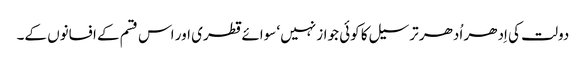
دولت کی اِدھر اُدھر ترسیل کا کوئی جواز نہیں‘ سوائے قطری اور اس قسم کے افسانوں کے۔